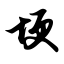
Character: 埂